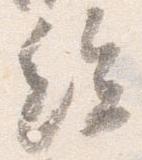
絵